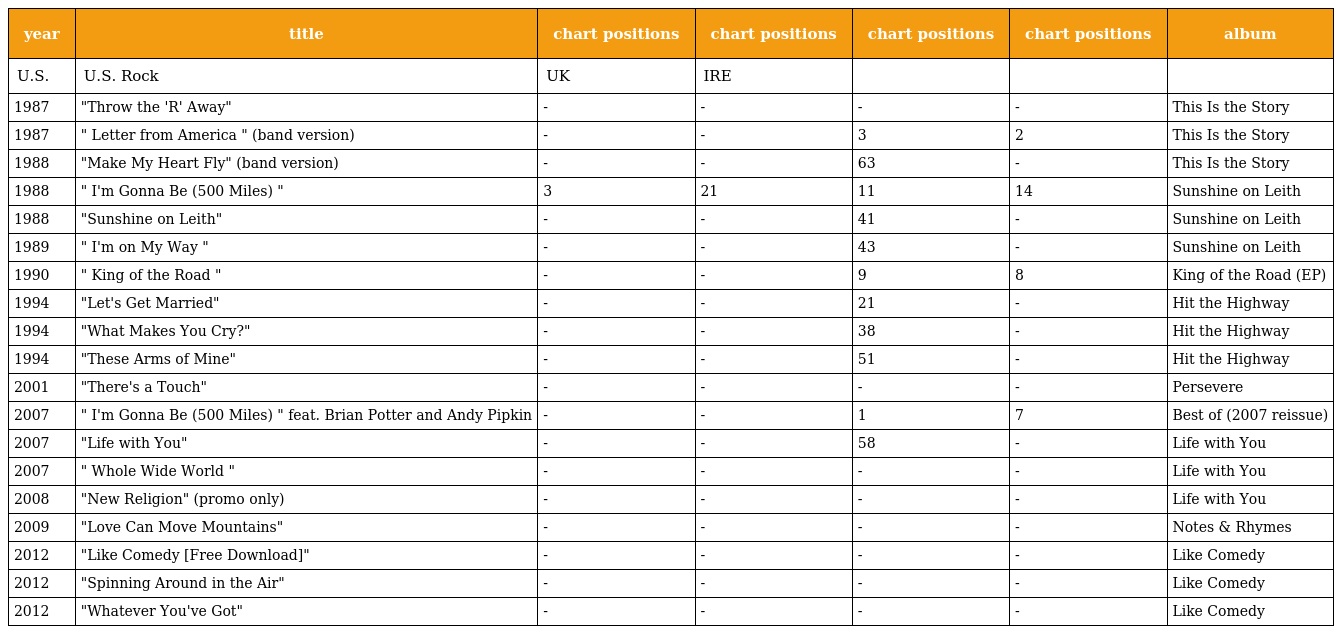
| year | title | chart positions | chart positions | chart positions | chart positions | album |
 | --- | --- | --- | --- | --- | --- | --- |
 | U.S. | U.S. Rock | UK | IRE |  |  |  |
 | 1987 | "Throw the 'R' Away" | - | - | - | - | This Is the Story |
 | 1987 | " Letter from America " (band version) | - | - | 3 | 2 | This Is the Story |
 | 1988 | "Make My Heart Fly" (band version) | - | - | 63 | - | This Is the Story |
 | 1988 | " I'm Gonna Be (500 Miles) " | 3 | 21 | 11 | 14 | Sunshine on Leith |
 | 1988 | "Sunshine on Leith" | - | - | 41 | - | Sunshine on Leith |
 | 1989 | " I'm on My Way " | - | - | 43 | - | Sunshine on Leith |
 | 1990 | " King of the Road " | - | - | 9 | 8 | King of the Road (EP) |
 | 1994 | "Let's Get Married" | - | - | 21 | - | Hit the Highway |
 | 1994 | "What Makes You Cry?" | - | - | 38 | - | Hit the Highway |
 | 1994 | "These Arms of Mine" | - | - | 51 | - | Hit the Highway |
 | 2001 | "There's a Touch" | - | - | - | - | Persevere |
 | 2007 | " I'm Gonna Be (500 Miles) " feat. Brian Potter and Andy Pipkin | - | - | 1 | 7 | Best of (2007 reissue) |
 | 2007 | "Life with You" | - | - | 58 | - | Life with You |
 | 2007 | " Whole Wide World " | - | - | - | - | Life with You |
 | 2008 | "New Religion" (promo only) | - | - | - | - | Life with You |
 | 2009 | "Love Can Move Mountains" | - | - | - | - | Notes & Rhymes |
 | 2012 | "Like Comedy [Free Download]" | - | - | - | - | Like Comedy |
 | 2012 | "Spinning Around in the Air" | - | - | - | - | Like Comedy |
 | 2012 | "Whatever You've Got" | - | - | - | - | Like Comedy |